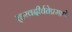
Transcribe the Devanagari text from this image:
र्‍हस्वदीर्घतेप्रमाणे